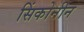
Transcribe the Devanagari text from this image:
सिंकोनीन